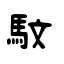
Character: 馼